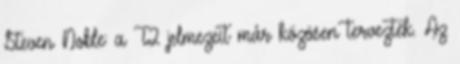
Steven Noble: a T2 jelmezeit már közösen tervezték. Az